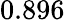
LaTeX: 0.896